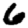
Digit: 6